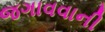
જગાવવાની